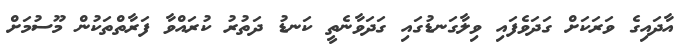
އާދައިގެ ވަރަކަށް ގަދަވެފައި ވިލާގަނޑުގައި ގަދަވާނެތީ ކަނޑު ދަތުރު ކުރައްވާ ފަރާތްތަކުން މޫސުމަށް